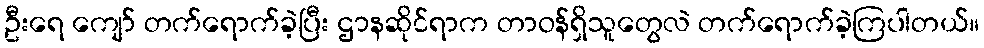
ဦးရေ ကျော် တက်ရောက်ခဲ့ပြီး ဌာနဆိုင်ရာက တာဝန်ရှိသူတွေလဲ တက်ရောက်ခဲ့ကြပါတယ်။